Annual report of the Civil Veterinary Department, Bengal, for the year 1897-98 - 1897-1898
Year: 1897
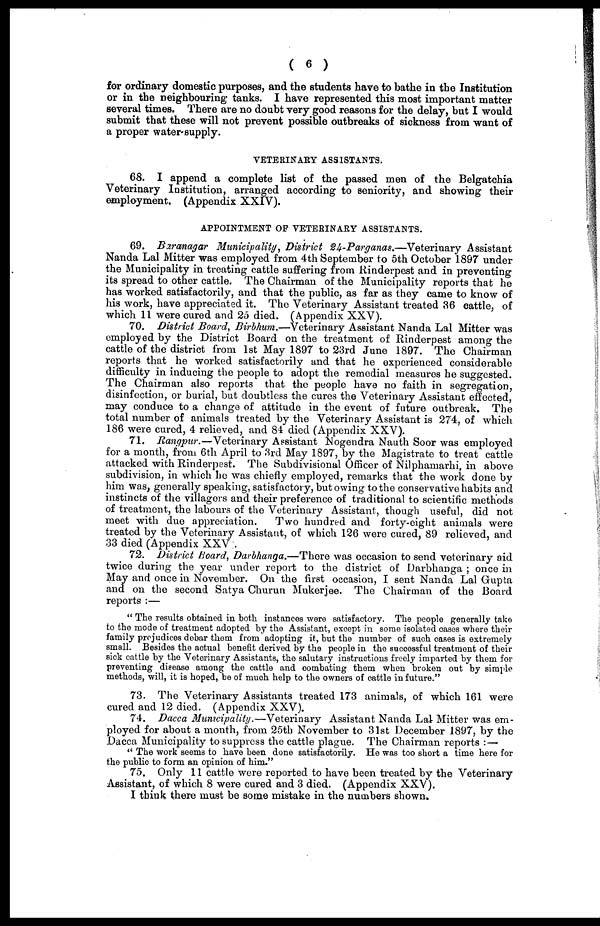
( 6 )
for ordinary domestic purposes, and the students have to bathe in the Institution
or in the neighbouring tanks. I have represented this most important matter
several times. There are no doubt very good reasons for the delay, but I would
submit that these will not prevent possible outbreaks of sickness from want of
a proper water-supply.
VETERINARY ASSISTANTS.
68. I append a complete list of the passed men of the Belgatchia
Veterinary Institution, arranged according to seniority, and showing their
employment. (Appendix XXIV).
APPOINTMENT OP VETERINARY ASSISTANTS.
69. Baranagar Municipality, District 24-Parganas.—Veterinary
Assistant
Nanda Lal Mitter was employed from 4th September to 5th October 1897 under
the Municipality in treating cattle suffering from Rinderpest and in preventing
its spread to other cattle. The Chairman of the Municipality reports that he
has worked satisfactorily, and that the public, as far as they came to know of
his work, have appreciated it. The Veterinary Assistant treated 36 cattle, of
which 11 were cured and 25 died. (Appendix XXV).
70. District Board, Birbhum.—Veterinary
Assistant Nanda Lal Mitter was
employed by the District Board on the treatment of Rinderpest among the
cattle of the district from 1st May 1897 to 23rd June 1897. The Chairman
reports that he worked satisfactorily and that he experienced considerable
difficulty in inducing the people to adopt the remedial measures he suggested.
The Chairman also reports that the people have no faith in segregation,
disinfection, or burial, but doubtless the cures the Veterinary Assistant effected,
may conduce to a change of attitude in the event of future outbreak. The
total number of animals treated by the Veterinary Assistant is 274, of which
186 were cured, 4 relieved, and 84 died (Appendix XXV).
71. Rangpur.—Veterinary
Assistant Nogendra Nauth Soor was employed
for a month, from 6th April to 3rd May 1897, by the Magistrate to treat cattle
attacked with Rinderpest. The Subdivisional Officer of Nilphamarhi, in above
subdivision, in which he was chiefly employed, remarks that the work done by
him was, generally speaking, satisfactory, but owing to the conservative habits and
instincts of the villagers and their preference of traditional to scientific methods
of treatment, the labours of the Veterinary Assistant, though useful, did not
meet with due appreciation.
Two hundred and forty-eight animals were
treated by the Veterinary Assistant, of which 126 were cured, 89 relieved, and
33 died (Appendix XXV .
72. District Hoard, Darbhanga.—There was occasion to send veterinary aid
twice during the year under report to the district of Darbhanga ; once in
May and once in November. On the first occasion, I sent Nanda Lal Gupta
and on the second Satya Churun Mukerjee. The Chairman of the Board
reports :—
" The results obtained in both instances were satisfactory. The people generally take
to the mode of treatment adopted by the Assistant, except in some isolated oases where their
family prejudices debar them from adopting it, but the number of such cases is extremely
small. Besides the actual benefit derived by the people in the successful treatment of their
sick cattle by the Veterinary Assistants, the salutary instructions freely imparted by them for
preventing disease among the cattle and combating them when broken out by simple
methods, will, it is hoped, be of much help to the owners of cattle in future."
73. The Veterinary Assistants treated 173 animals, of which 161 were
cured and 12 died. (Appendix XXV).
74. Dacca Municipality.—Veterinary
Assistant Nanda Lal-Mitter was em-
ployed for about a month, from 25th November to 31st December 1897, by the
Dacca Municipality to suppress the cattle plague. The Chairman reports :—
" The work seems to have been done satisfactorily. He was too short a time here for
the public to form an opinion of him."
75. Only 11 cattle were reported to have been treated by the Veterinary
Assistant, of which 8 were cured and 3 died. (Appendix XXV).
I think there must be some mistake in the numbers shown.